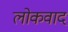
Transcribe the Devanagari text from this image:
लोकवाद